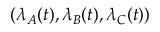
( \lambda _ { A } ( t ) , \lambda _ { B } ( t ) , \lambda _ { C } ( t ) )